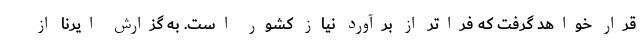
قرار خواهد گرفت که فراتر از برآورد نیاز کشور است. به گزارش ایرنا از